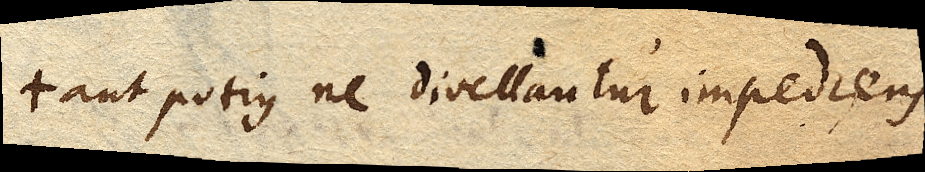
aut potius ne divellantur impediens